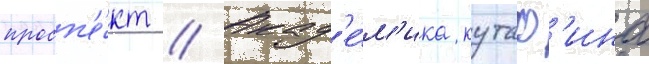
просп'е́кт // Акад'е́м'ика кутаф'ина